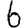
Digit: 6